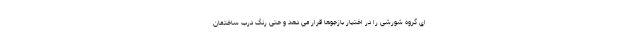
ای گروه شورشی را در اختیار بازجوها قرار می دهد و حتی رنگ درب ساختمان